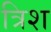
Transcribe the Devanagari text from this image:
त्रिश